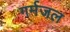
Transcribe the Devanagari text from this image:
गर्मजल